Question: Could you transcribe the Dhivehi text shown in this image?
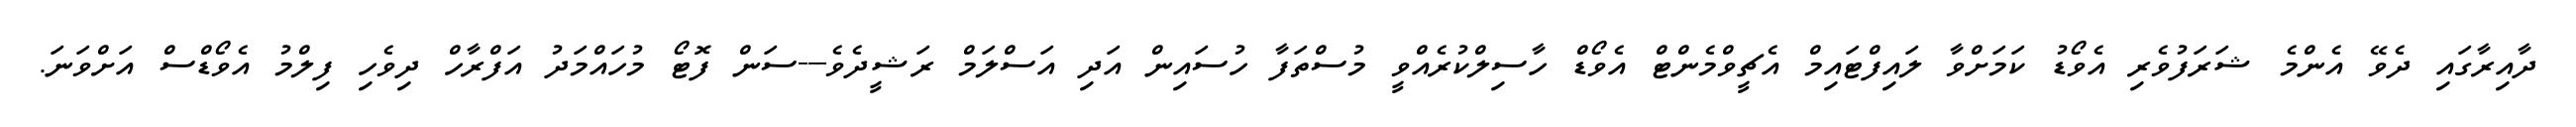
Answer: ދާއިރާގައި ދެވޭ އެންމެ ޝަރަފުވެރި އެވޯޑު ކަމަށްވާ ލައިފްޓައިމް އެޗީވްމެންޓް އެވޯޑް ހާސިލްކުރެއްވީ މުސްތަފާ ހުސައިން އަދި އަސްލަމް ރަޝީދެވެ---ސަން ފޮޓޯ މުހައްމަދު އަފްރާހް ދިވެހި ފިލްމު އެވޯޑްސް އަށްވަނަ.